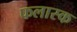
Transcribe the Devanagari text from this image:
फलास्क